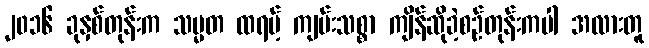
၂၀၁၆ ခုနှစ်တုန်းက သမ္မတ ထရမ့် ကျမ်းသစ္စာ ကျိန်ဆိုခဲ့စဉ်တုန်းကပါ အလားတူ